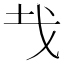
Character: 𢦏